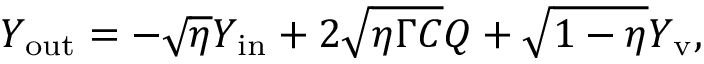
Y _ { \mathrm { o u t } } = - \sqrt { \eta } Y _ { \mathrm { i n } } + 2 \sqrt { \eta \Gamma C } Q + \sqrt { 1 - \eta } Y _ { \mathrm { v } } ,